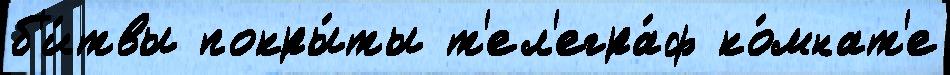
б'и́твы покры́ты т'ел'егра́ф ко́мнат'е